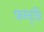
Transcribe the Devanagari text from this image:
फस्द्च्नि